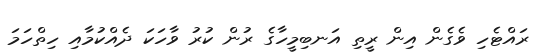
ރައްޓެހި ވެގެން އިން ރީތި އަނބިމީހާގެ ރުން ކުރު ވާހަކަ ދެއްކުމާއި ހިތްހަމަ